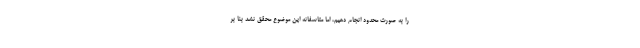
را به صورت محدود انجام دهیم، اما متاسفانه این موضوع محقق نشد بنا بر